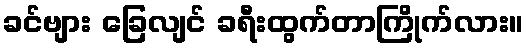
ခင်ဗျား ခြေလျင် ခရီးထွက်တာကြိုက်လား။